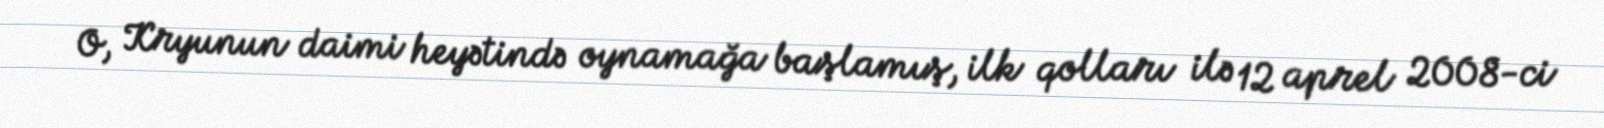
O, Kryunun daimi heyətində oynamağa başlamış, ilk qolları ilə 12 aprel 2008-ci